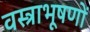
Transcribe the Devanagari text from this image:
वस्‍त्राभूषणों